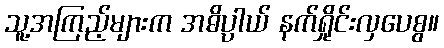
သူ့အကြည့်များက အဓိပ္ပာယ် နက်ရှိုင်းလှပေစွ။